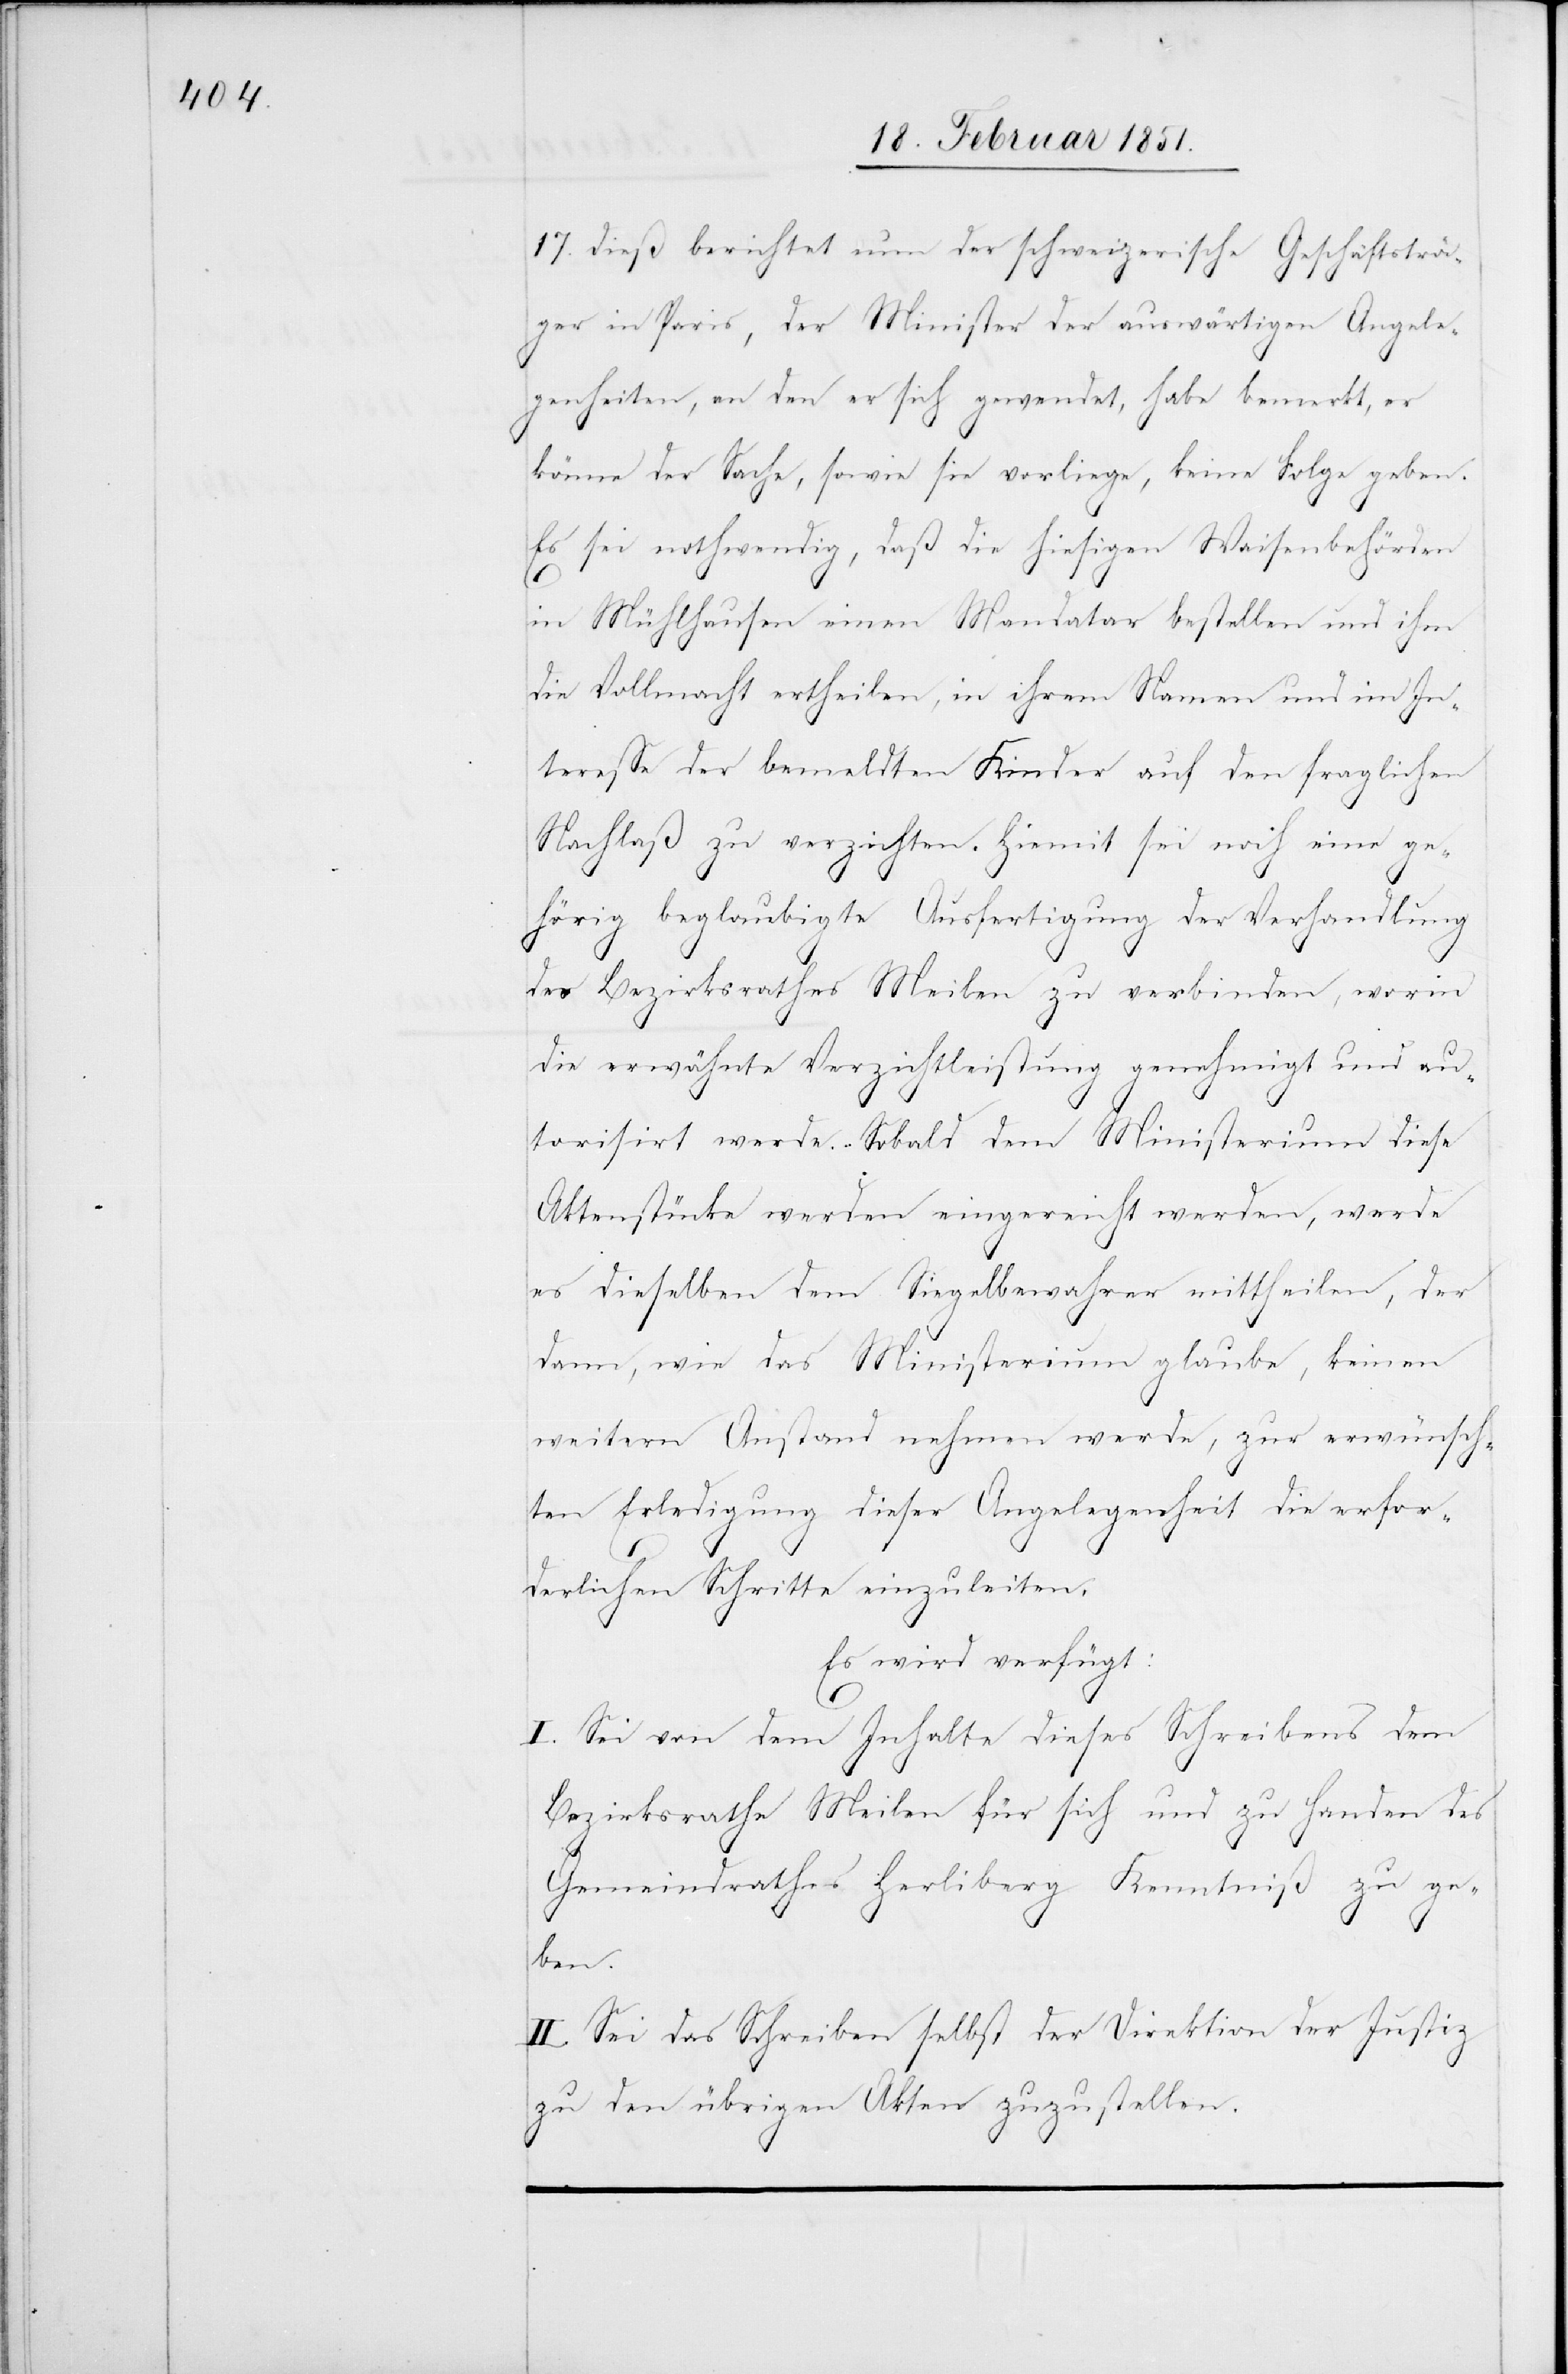
17. dieß berichtet nun der schweizerische Geschäftsträ¬
ger in Paris, der Minister der auswärtigen Angele¬
genheiten, an den er sich gewendet, habe bemerkt, er
könne der Sache, sowie sie vorliege, keine Folge geben.
Es sei nothwendig, daß die hiesigen Waisenbehörden
in Mühlhausen einen Mandatar bestellen und ihm
die Vollmacht ertheilen, in ihrem Namen und im In¬
teresse der bemeldten Kinder auf den fraglichen
Nachlaß zu verzichten. Hiemit sei noch eine ge¬
hörig beglaubigte Ausfertigung der Verhandlung
des Bezirksrathes Meilen zu verbinden, worin
die erwähnte Verzichtleistung genehmigt und au¬
torisirt werde. Sobald dem Ministerium diese
Aktenstücke werden eingereicht werden, werde
es dieselben dem Siegelbewahrer mittheilen, der
dann, wie das Ministerium glaube, keinen
weitern Anstand nehmen werde, zur erwünsch¬
ten Erledigung dieser Angelegenheit die erfor¬
derlichen Schritte einzuleiten.
Es wird verfügt:
I. Sei von dem Inhalte dieses Schreibens dem
Bezirksrathe Meilen für sich und zu Handen des
Gemeindrathes Her[r]liberg Kenntniß zu ge¬
ben.
II. Sei das Schreiben selbst der Direktion der Justiz
zu den übrigen Akten zuzustellen.